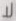
لا